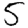
Digit: 5